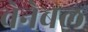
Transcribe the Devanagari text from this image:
वेनेबल